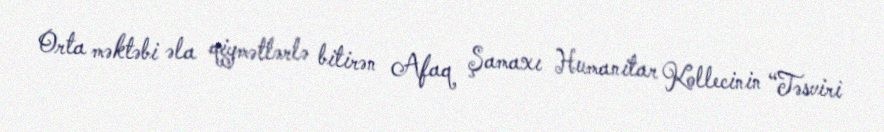
Orta məktəbi əla qiymətlərlə bitirən Afaq Şamaxı Humanitar Kollecinin “Təsviri